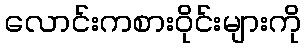
လောင်းကစားဝိုင်းများကို